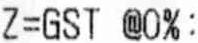
Z=GST @0%: